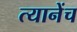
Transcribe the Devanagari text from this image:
त्यानेंच